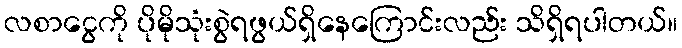
လစာငွေကို ပိုမိုသုံးစွဲရဖွယ်ရှိနေကြောင်းလည်း သိရှိရပါတယ်။